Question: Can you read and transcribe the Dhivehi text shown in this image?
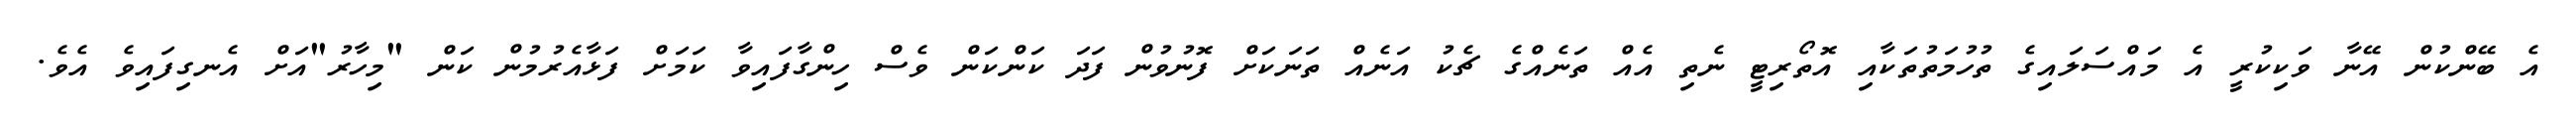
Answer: އެ ބޭންކުން އޭނާ ވަކިކުރީ އެ މައްސަލައިގެ ތުހުމަތުތަކާއި އޮތޯރިޓީ ނެތި އެއް ތަނެއްގެ ޗެކު އަނެއް ތަނަކަށް ފޮނުވުން ފަދަ ކަންކަން ވެސް ހިންގާފައިވާ ކަމަށް ފަޅާއެރުމުން ކަން "މިހާރު"އަށް އެނގިފައިވެ އެވެ.